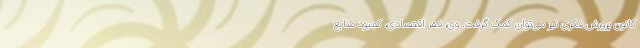
کانون پرورش فکری نیز می‌توان کمک گرفت. وی، فقر اقتصادی، کمبود منابع